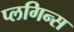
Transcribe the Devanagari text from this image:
प्लगिन्स